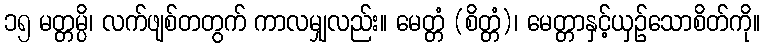
၁၅ မတ္တမ္ပိ၊ လက်ဖျစ်တတွက် ကာလမျှလည်း။ မေတ္တံ (စိတ္တံ)၊ မေတ္တာနှင့်ယှဉ်သောစိတ်ကို။